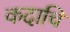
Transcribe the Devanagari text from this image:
कदाचि